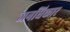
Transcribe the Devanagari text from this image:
जनधिकार